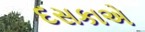
દસકાએ